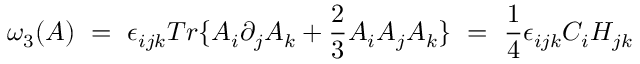
\omega _ { 3 } ( A ) \ = \ \epsilon _ { i j k } T r \{ A _ { i } \partial _ { j } A _ { k } + \frac { 2 } { 3 } A _ { i } A _ { j } A _ { k } \} \ = \ \frac { 1 } { 4 } \epsilon _ { i j k } C _ { i } H _ { j k }